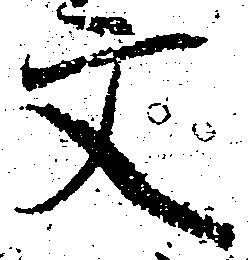
文